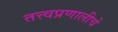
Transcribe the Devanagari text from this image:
तत्त्वप्रणालीचे